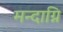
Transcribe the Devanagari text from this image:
मन्‍दाग्नि